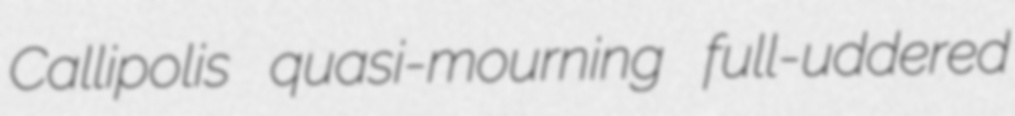
Callipolis quasi-mourning full-uddered